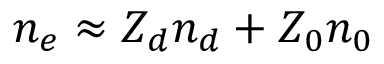
n _ { e } \approx Z _ { d } n _ { d } + Z _ { 0 } n _ { 0 }